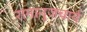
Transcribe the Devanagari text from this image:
रामानुजचार्य